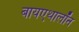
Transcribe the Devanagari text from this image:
बायएथालॉन